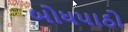
બોધપાઠો